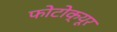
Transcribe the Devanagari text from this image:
फोटोक्यूर